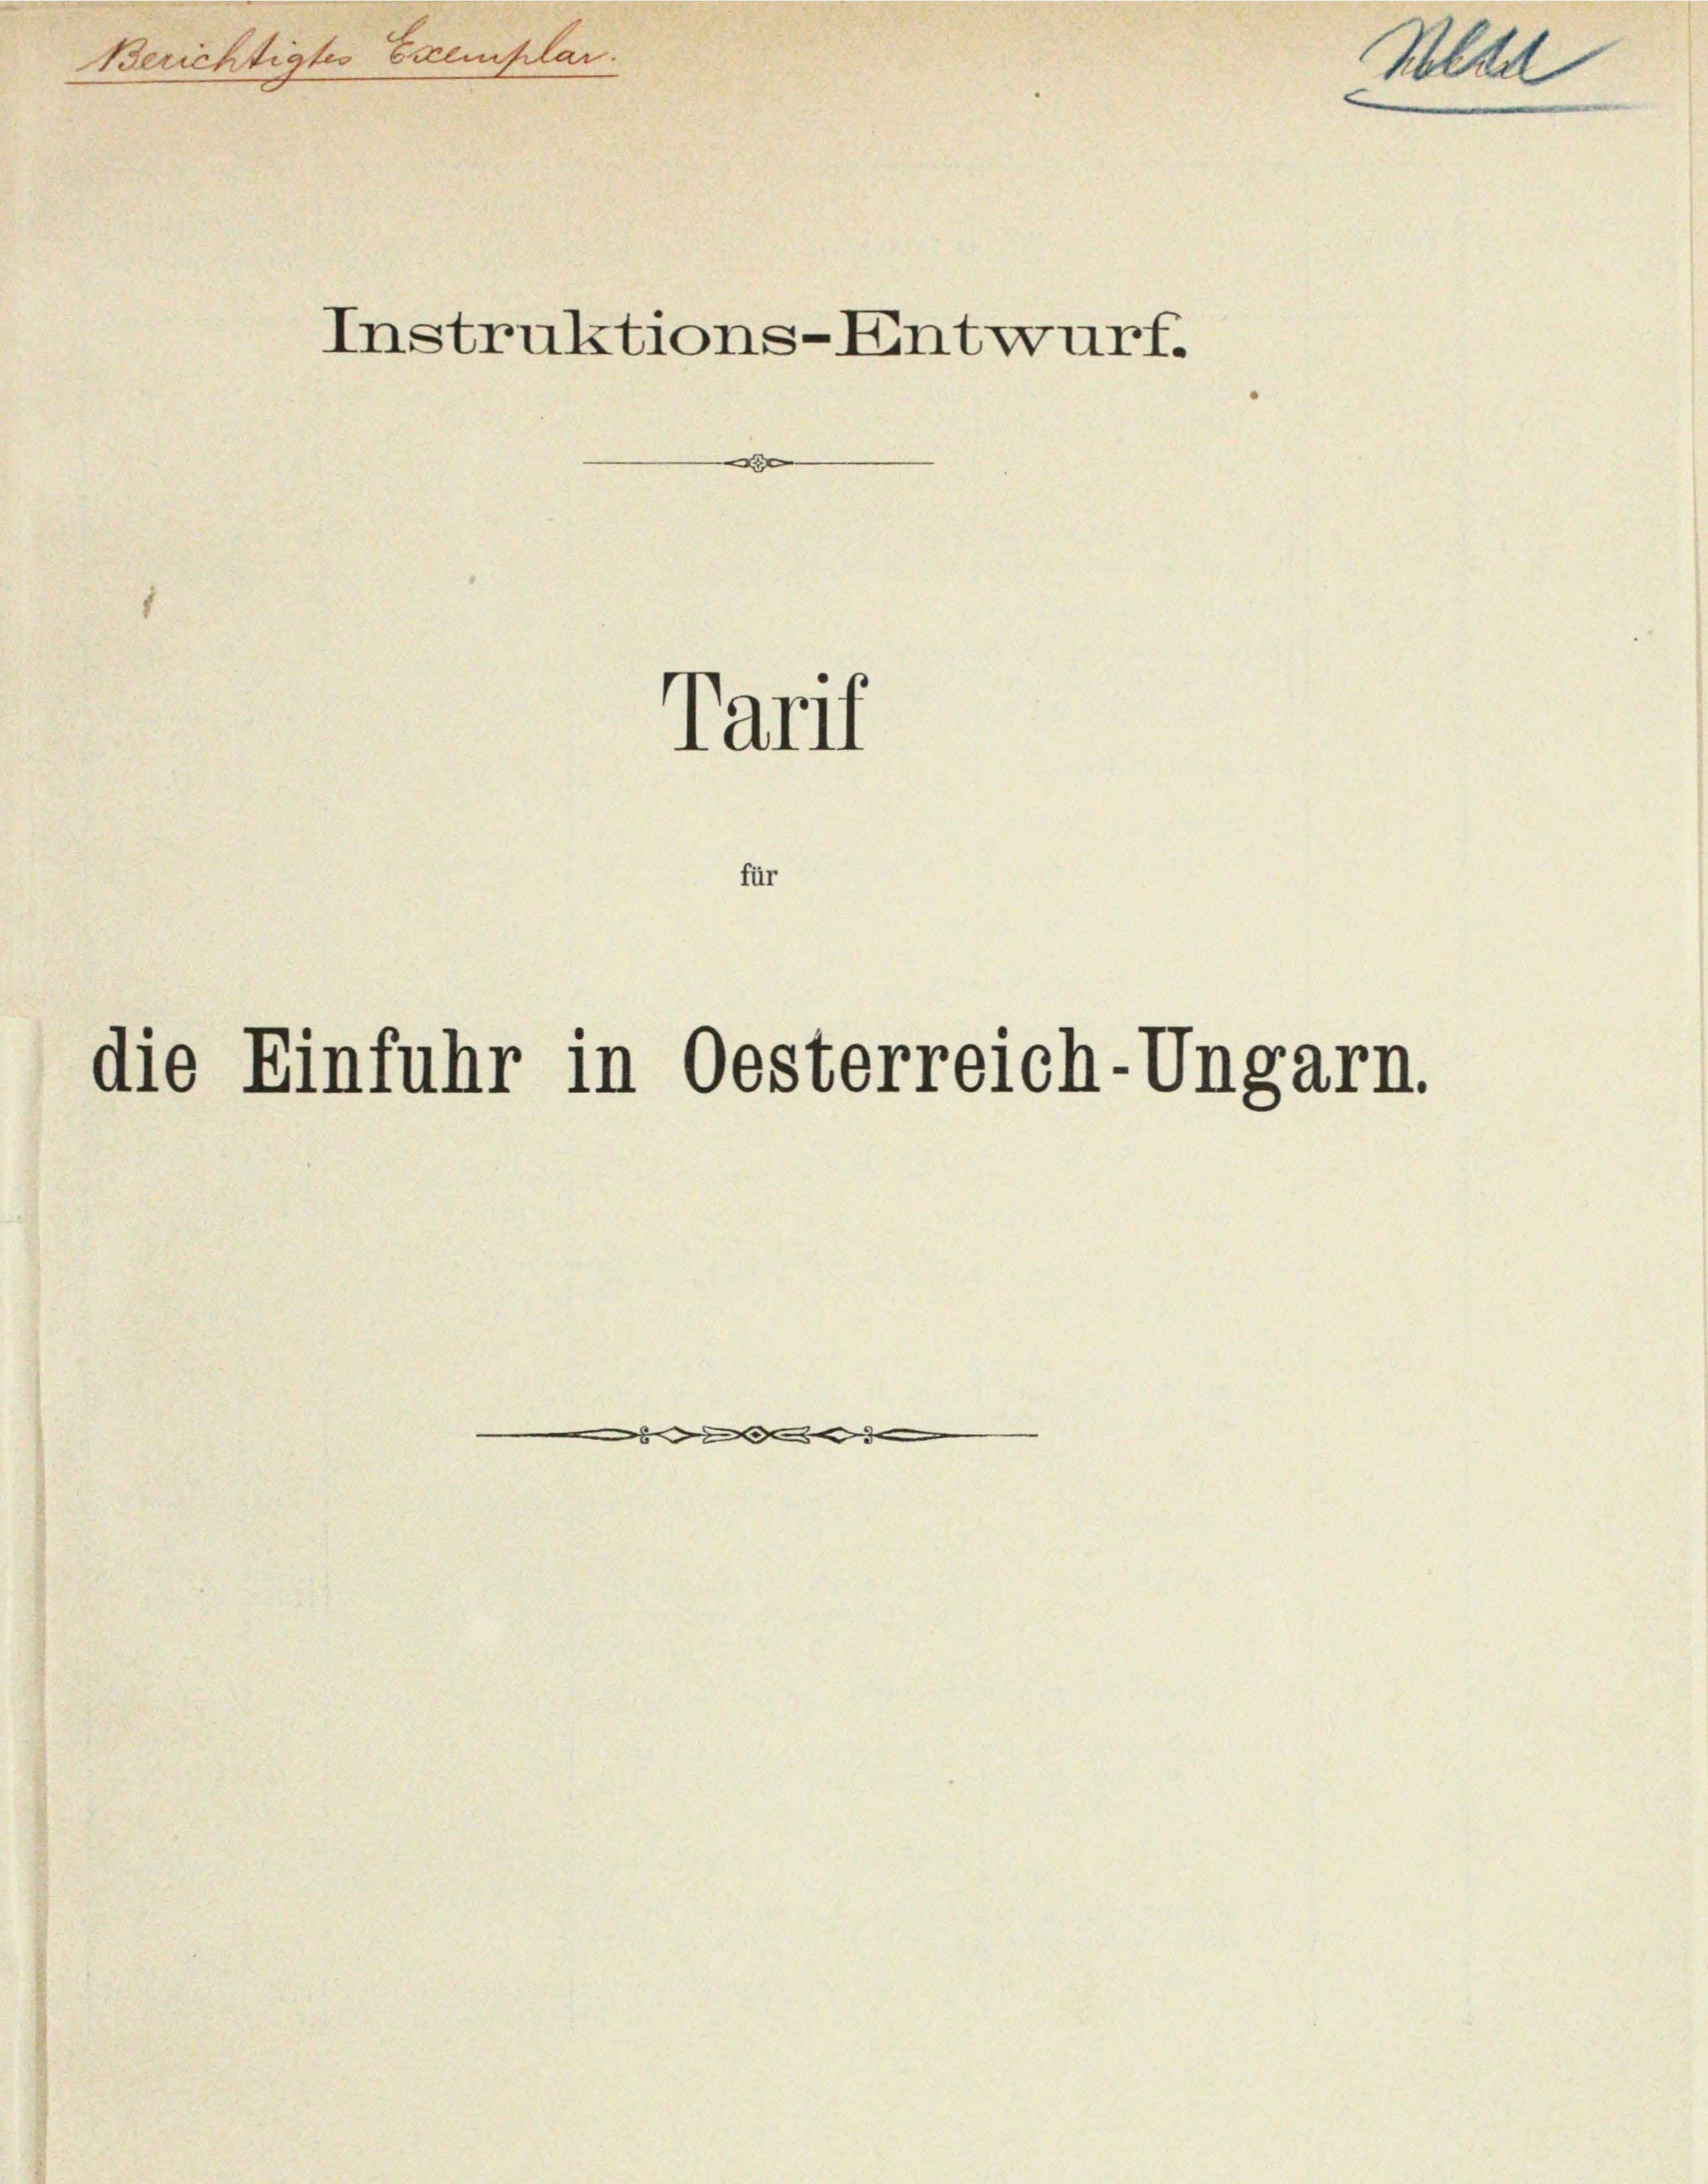
Berichtigtes Exemplar.

Instruktions-Entwurf.

x

Tarif

für
die Einfuhr in Oesterreich-Ungarn.

Kltd